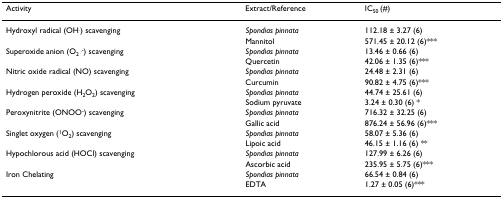
<table><thead><tr><td><b>Activity</b></td><td><b>Extract/Reference</b></td><td><b>IC<sub>50 </sub>(#)</b></td></tr></thead><tbody><tr><td>Hydroxyl radical (OH<sup>.</sup>) scavenging</td><td><i>Spondias pinnata</i></td><td>112.18 ± 3.27 (6)</td></tr><tr><td></td><td>Mannitol</td><td>571.45 ± 20.12 (6)***</td></tr><tr><td>Superoxide anion (O<sub>2 </sub><sup>.-</sup>) scavenging</td><td><i>Spondias pinnata</i></td><td>13.46 ± 0.66 (6)</td></tr><tr><td></td><td>Quercetin</td><td>42.06 ± 1.35 (6)***</td></tr><tr><td>Nitric oxide radical (NO) scavenging</td><td><i>Spondias pinnata</i></td><td>24.48 ± 2.31 (6)</td></tr><tr><td></td><td>Curcumin</td><td>90.82 ± 4.75 (6)***</td></tr><tr><td>Hydrogen peroxide (H<sub>2</sub>O<sub>2</sub>) scavenging</td><td><i>Spondias pinnata</i></td><td>44.74 ± 25.61 (6)</td></tr><tr><td></td><td>Sodium pyruvate</td><td>3.24 ± 0.30 (6) *</td></tr><tr><td>Peroxynitrite (ONOO<sup>-</sup>) scavenging</td><td><i>Spondias pinnata</i></td><td>716.32 ± 32.25 (6)</td></tr><tr><td></td><td>Gallic acid</td><td>876.24 ± 56.96 (6)***</td></tr><tr><td>Singlet oxygen (<sup>1</sup>O<sub>2</sub>) scavenging</td><td><i>Spondias pinnata</i></td><td>58.07 ± 5.36 (6)</td></tr><tr><td></td><td>Lipoic acid</td><td>46.15 ± 1.16 (6) **</td></tr><tr><td>Hypochlorous acid (HOCl) scavenging</td><td><i>Spondias pinnata</i></td><td>127.99 ± 6.26 (6)</td></tr><tr><td></td><td>Ascorbic acid</td><td>235.95 ± 5.75 (6)***</td></tr><tr><td>Iron Chelating</td><td><i>Spondias pinnata</i></td><td>66.54 ± 0.84 (6)</td></tr><tr><td></td><td>EDTA</td><td>1.27 ± 0.05 (6)***</td></tr></tbody></table>